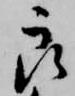
良